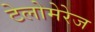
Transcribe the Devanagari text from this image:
टेलोमेरेज